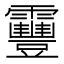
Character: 靊